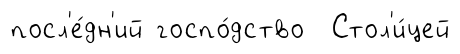
посл'е́дн'ий госпо́дство Стол'и́цей